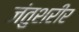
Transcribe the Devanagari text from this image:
जंतुशरीर